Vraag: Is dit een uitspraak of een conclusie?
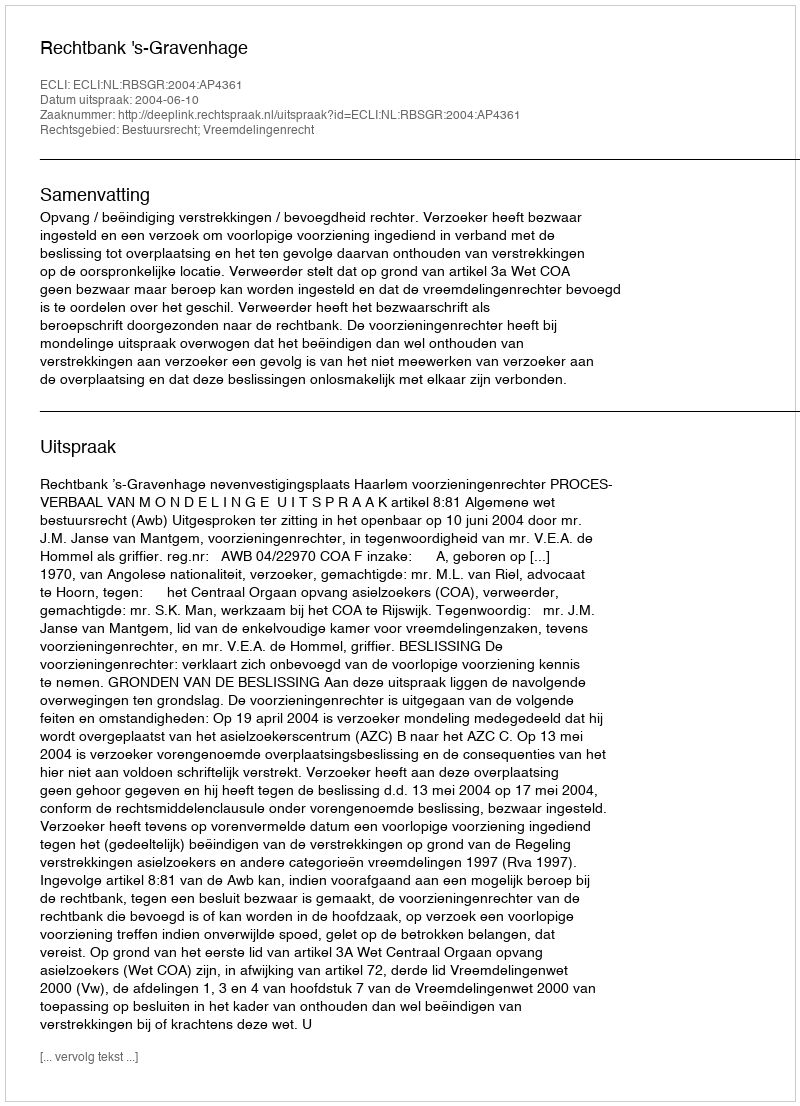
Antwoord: Uitspraak